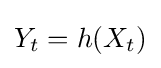
Y_{t}=h(X_{t})